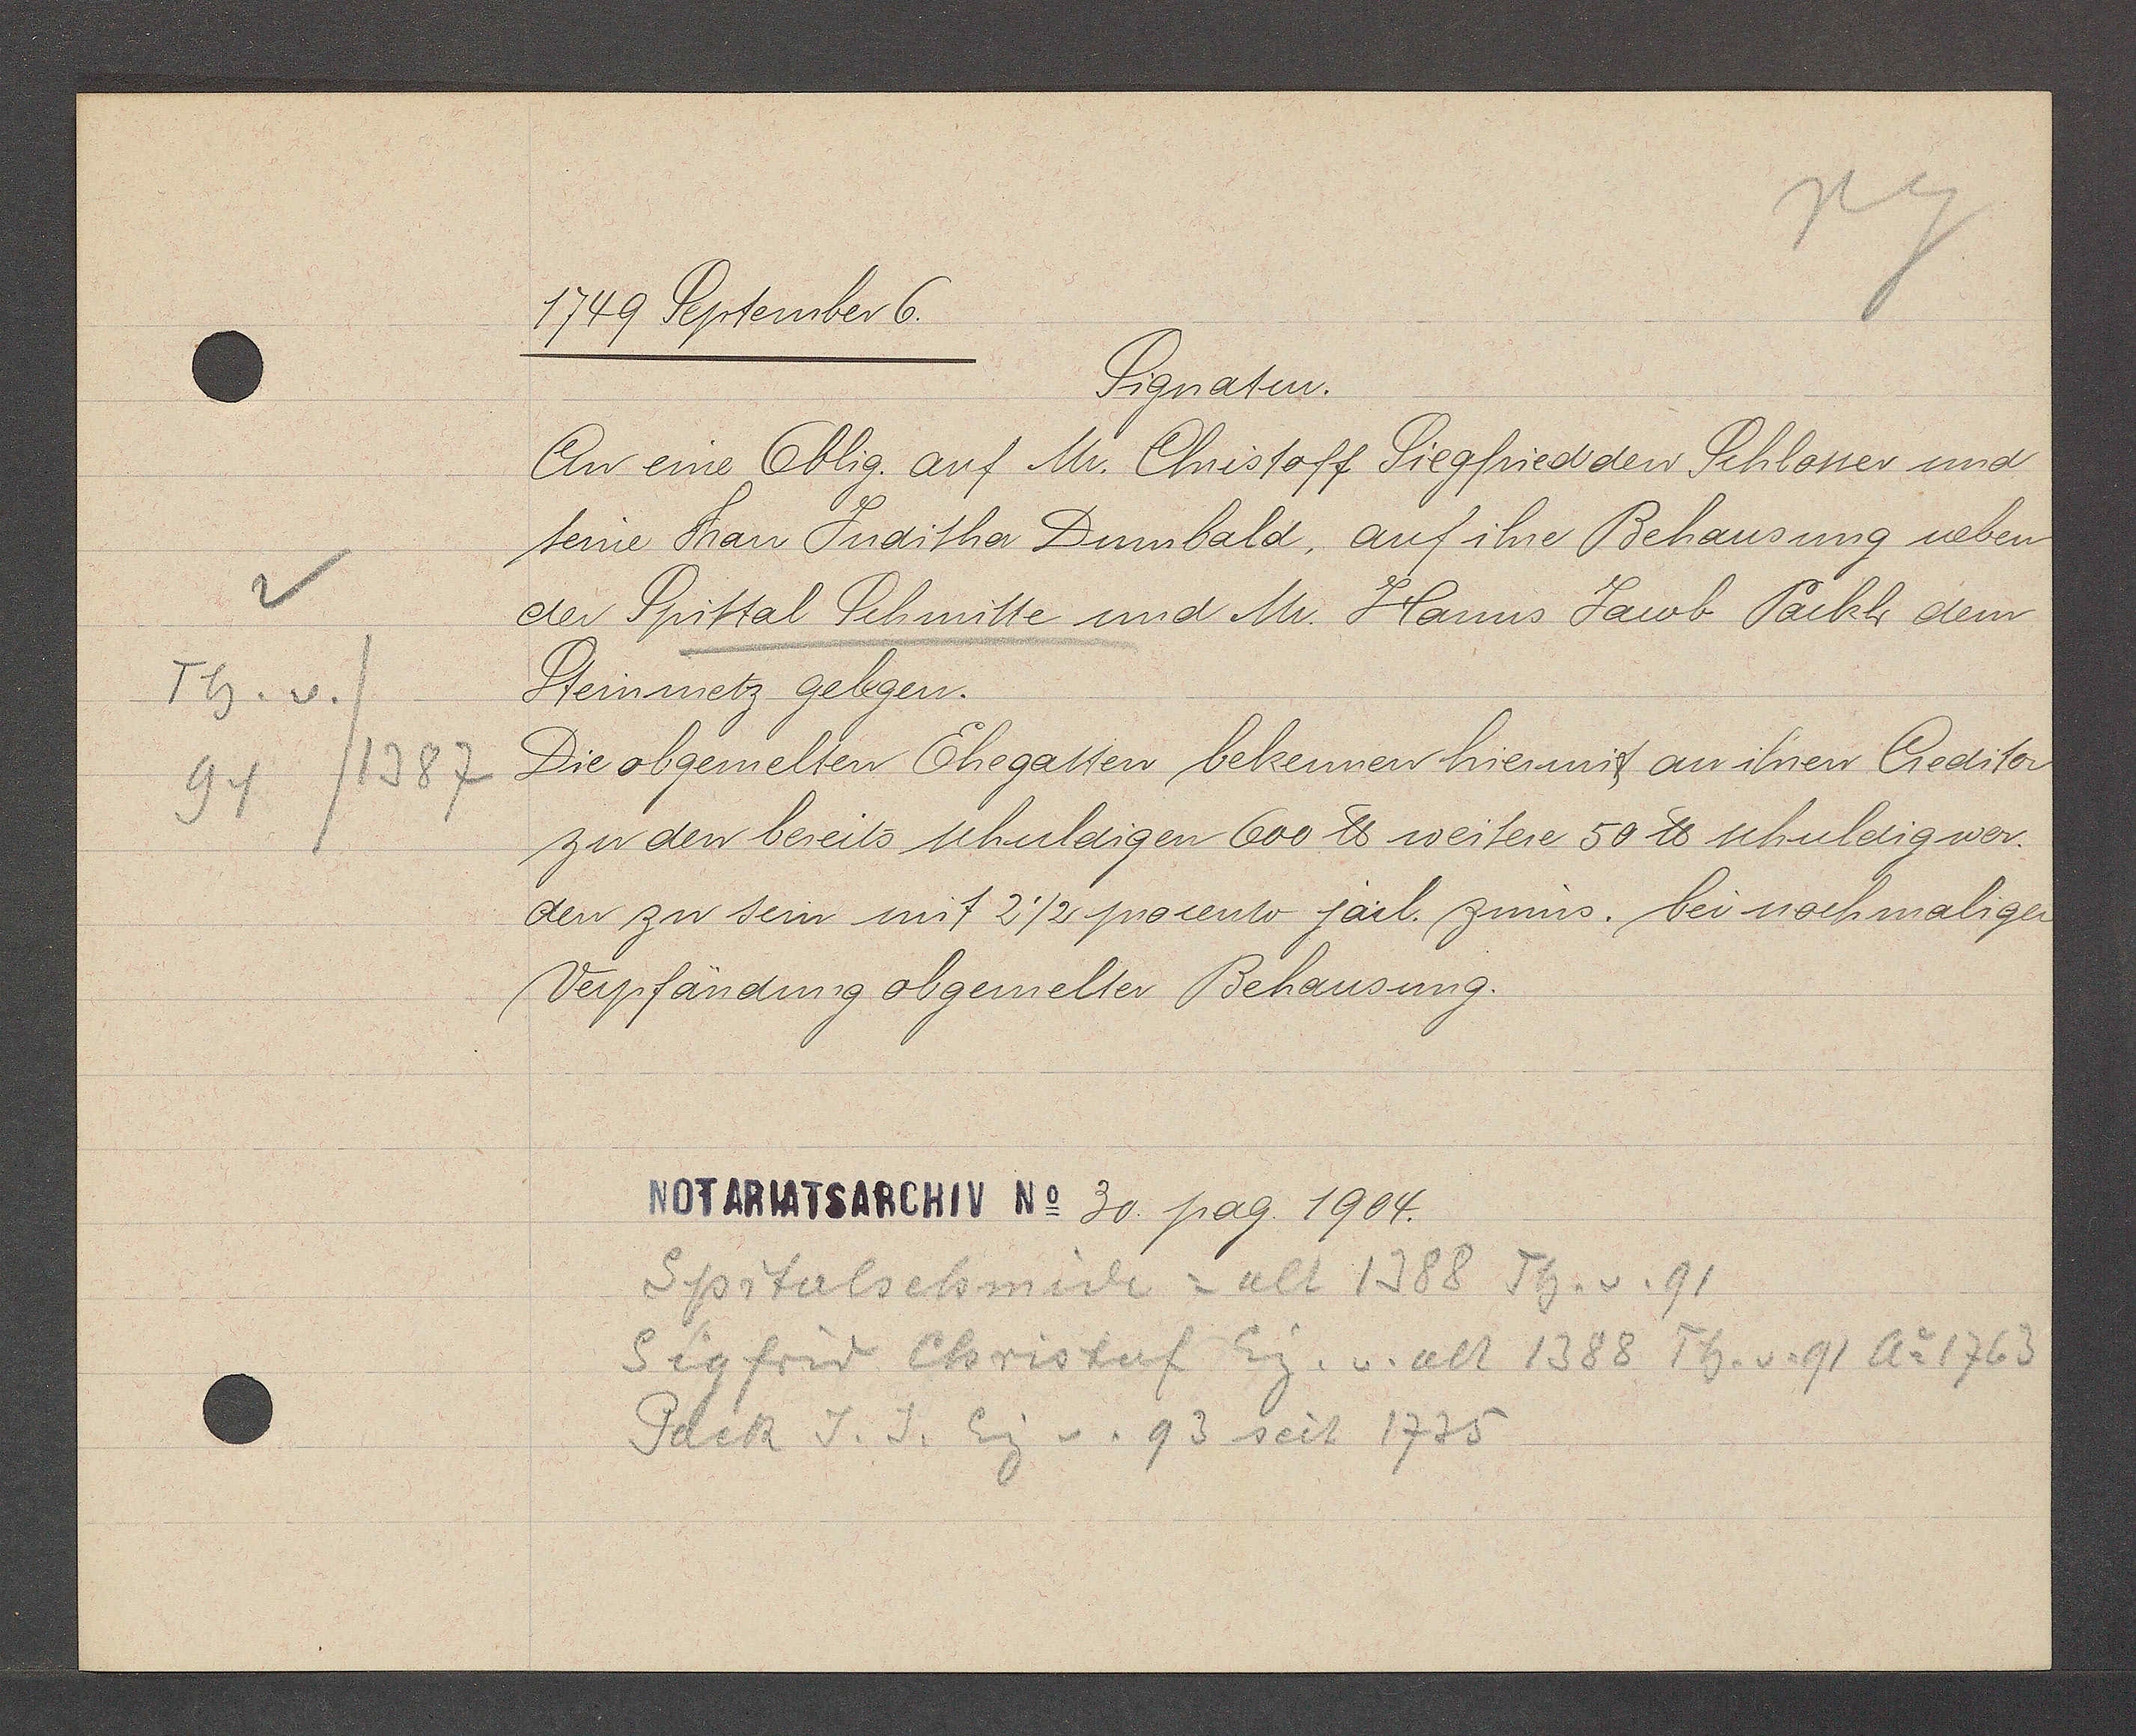
Transcript:
Th. v. /
94/1387

1749 September 6.

Signatur.
An eine Oblig. auf Mr. Christoff Siegfried den Schlosser und
seine Frau Juditha Dumbald, auf ihre Behausung neben
der Spittal Schmitte und Mr. Hanns Jacob Packh dem
Steinmetz gelegen.
Die obgemelten Ehegatten bekennen hiermit an ihren Creditor
zu den bereits schuldigen 600 ℔ weitere 50 ℔ schuldig wer¬
den zu sein mit 2½ procento järl. zinns. bei nochmaliger
Verpfändung obgemelter Behausung.

Notariatsarchiv No 30. pag. 1904.

Spitalschmide = alt 1388 Th. v. 91
Sigfrid Christof Eig. v. alt 1388 Th. v. 91 Ao 1763
Pack J. J. Eig v. 93 seit 1735